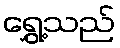
ရွှေ့သည်